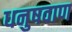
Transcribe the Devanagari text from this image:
धनुषवाण